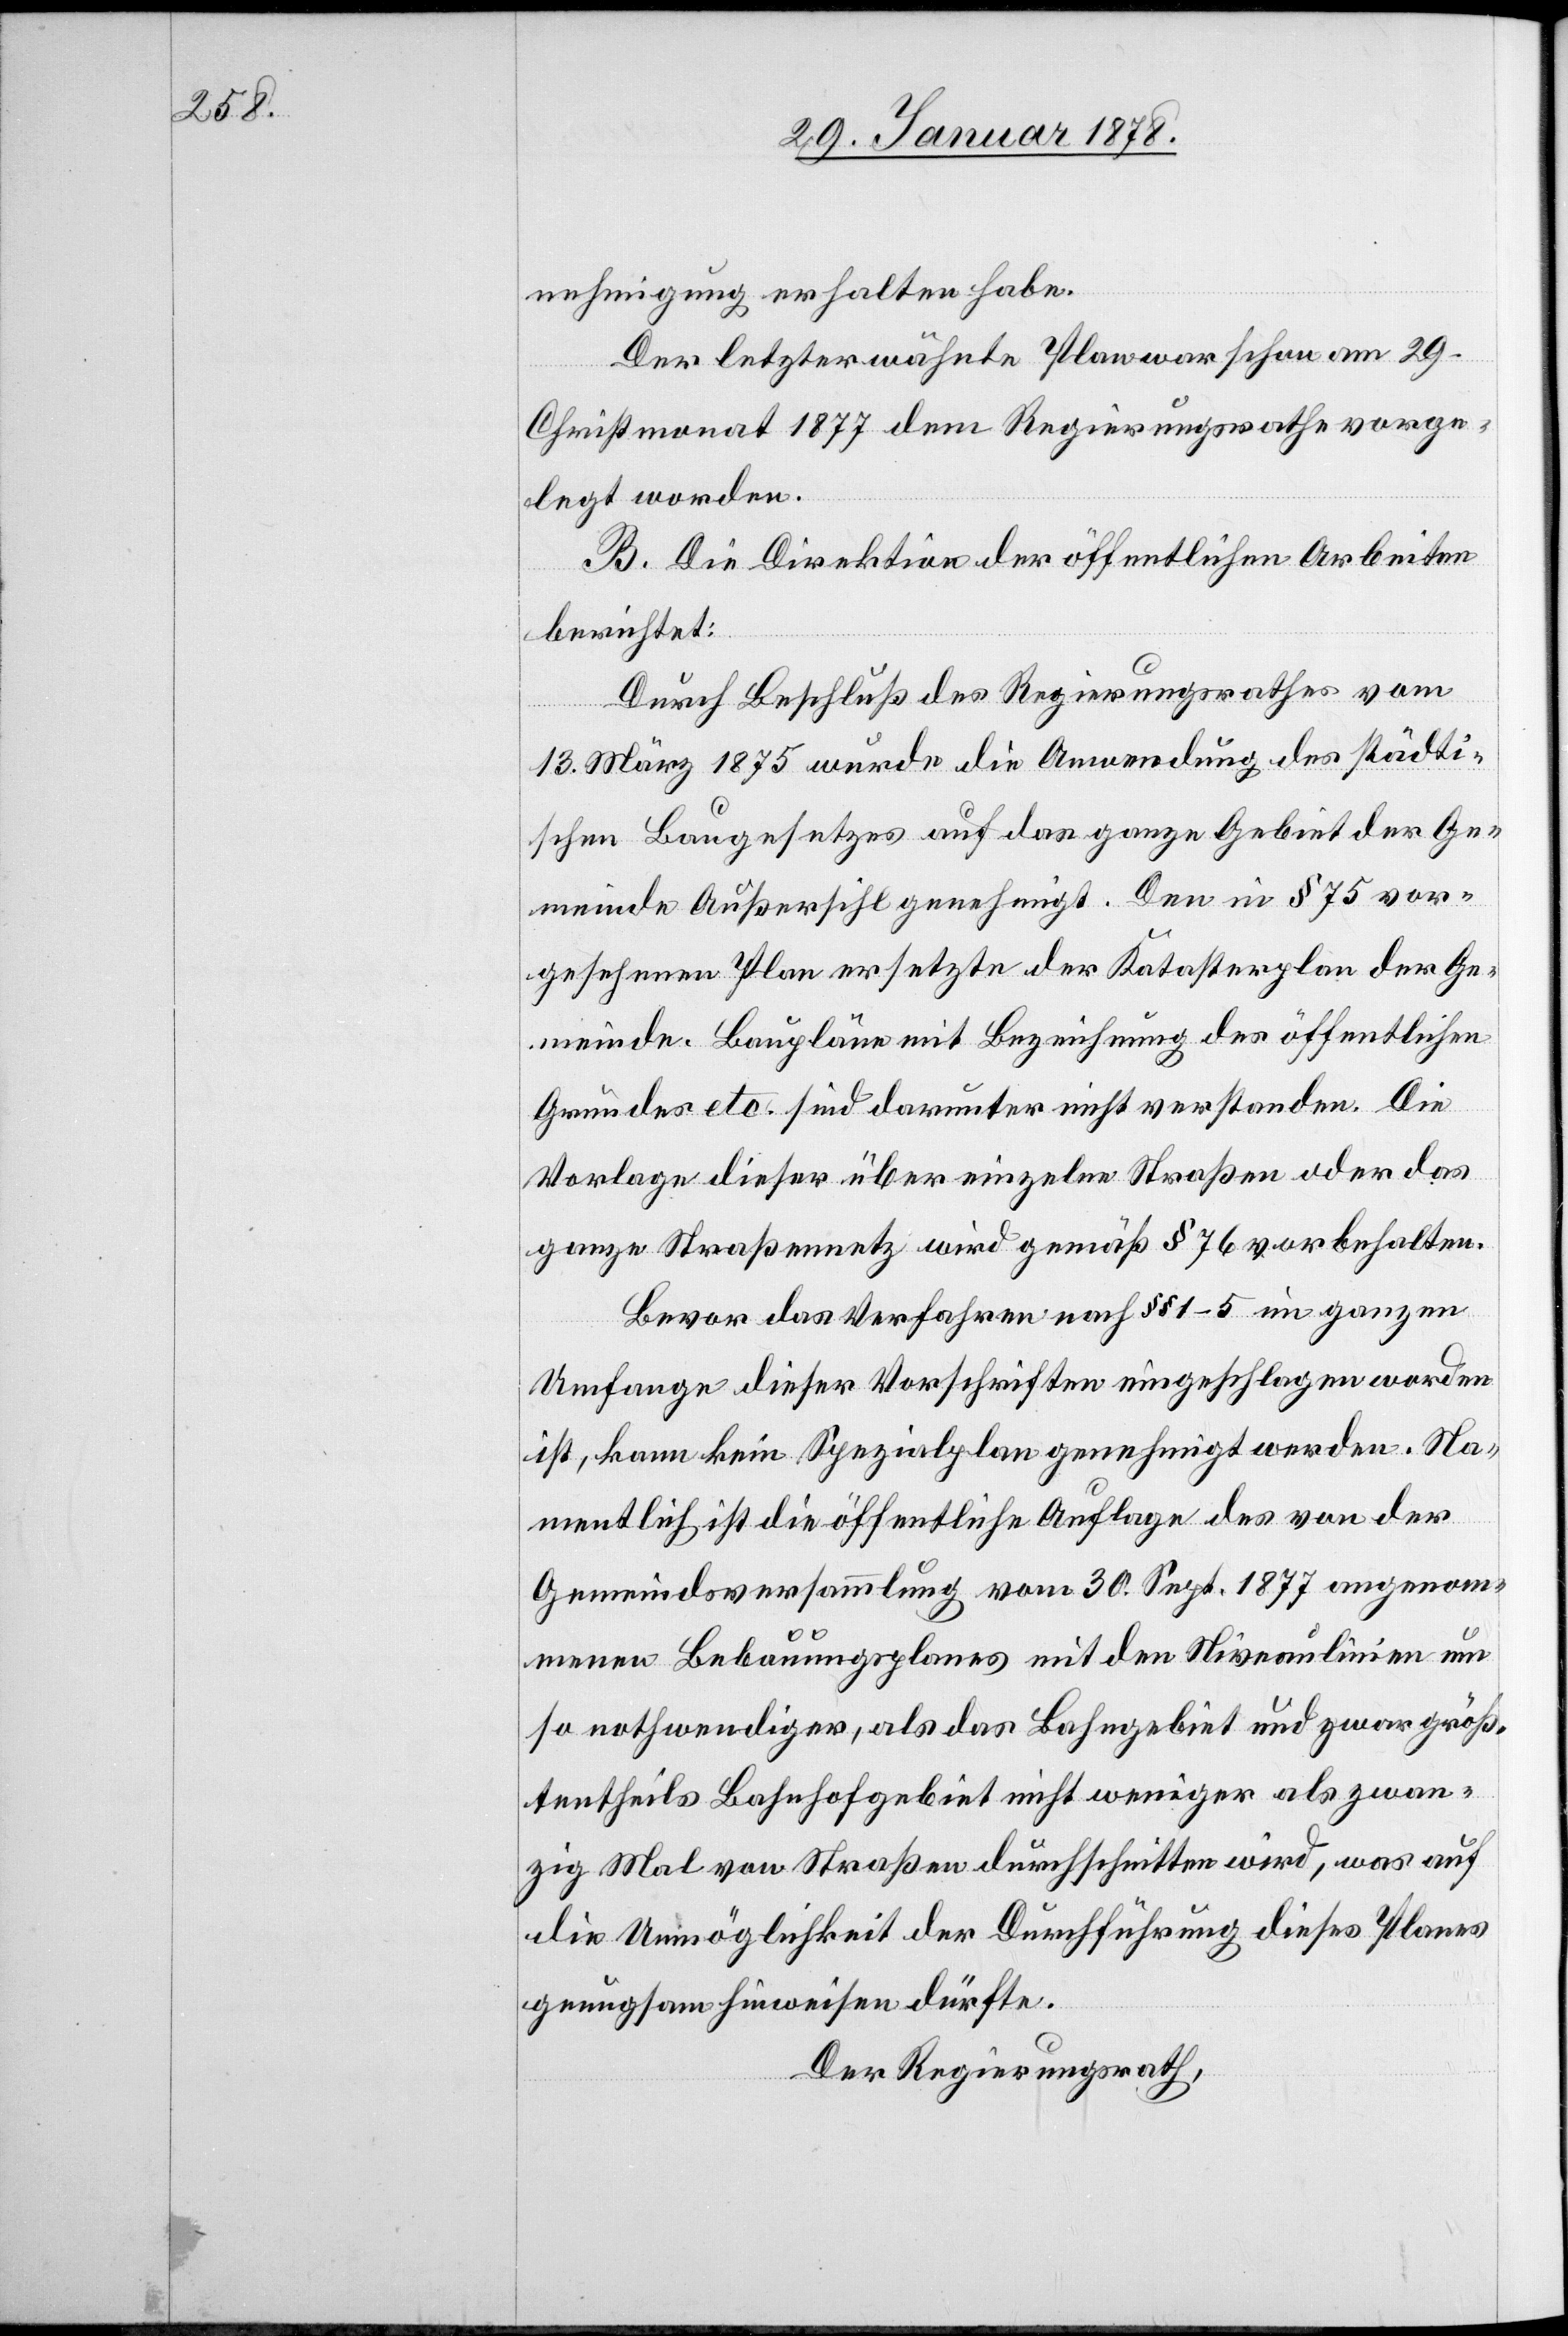
nehmigung erhalten habe.
Der letzterwähnte Plan war schon am 29.
Christmonat 1877 dem Regierungsrathe vorge¬
legt worden.
B. Die Direktion der öffentlichen Arbeiten
berichtet:
Durch Beschluß des Regierungsrathes vom
13. März 1875 wurde die Anwendung des städti¬
schen Baugesetzes auf das ganze Gebiet der Ge¬
meinde Außersihl genehmigt. Den in § 75 vor¬
gesehenen Plan ersetzte der Katasterplan der Ge¬
meinde. Baupläne mit Beziehung des öffentlichen
Grundes etc. sind darunter nicht verstanden. Die
Vorlage dieser über einzelne Straßen oder das
ganze Straßennetz wird gemäß § 76 vorbehalten.
Bevor das Verfahren nach §§ 1–5 im ganzen
Umfange dieser Vorschriften eingeschlagen worden
ist, kann kein Spezialplan genehmigt werden. Na¬
mentlich ist die öffentliche Auflage des von der
Gemeindsversammlung vom 30. Sept. 1877 angenom¬
menen Bebauungsplans mit den Niveaulinien um¬
so nothwendiger, als das Bahngebiet und zwar größ¬
tentheils Bahnhofgebiet nicht weniger als zwan¬
zig Mal von Straßen durchschnitten wird, was auf
die Unmöglichkeit der Durchführung dieses Planes
genügsam hinweisen dürfte.
Der Regierungsrath,